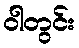
ဝါတွင်း